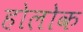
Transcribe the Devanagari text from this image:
होलोक